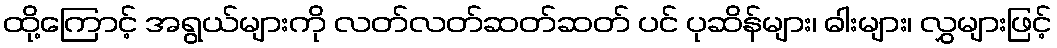
ထို့ကြောင့် အရွယ်များကို လတ်လတ်ဆတ်ဆတ် ပင် ပုဆိန်များ၊ ဓါးများ၊ လွှများဖြင့်